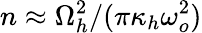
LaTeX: n\approx\Omega_{h}^{2}/(\pi\kappa_{h}\omega_{o}^{2})